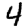
Digit: 4